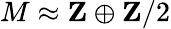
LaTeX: M\approx\mathbf{Z}\oplus\mathbf{Z}/2